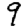
Digit: 9